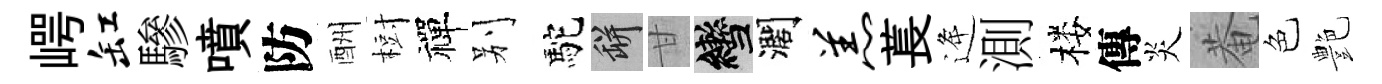
崿缸驂噴防酬𣗳禪别駝瓶甘轡濶羔萇逄測楼傳炎菴色艶